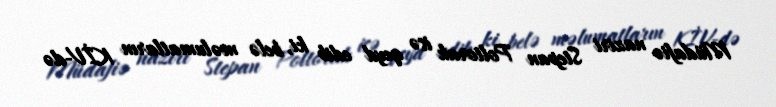
Müdafiə naziri Stepan Poltorak isə qeyd edib ki, belə məlumatların KİV-də